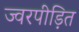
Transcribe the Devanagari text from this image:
ज्वरपीड़ित